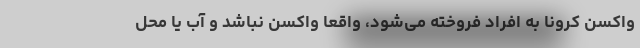
واکسن کرونا به افراد فروخته می‌شود، واقعا واکسن نباشد و آب یا محل